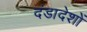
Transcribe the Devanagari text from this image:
दंडादेशों